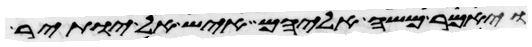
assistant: ויאמר משה אליהם איש אל יותיר